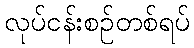
လုပ်ငန်းစဉ်တစ်ရပ်